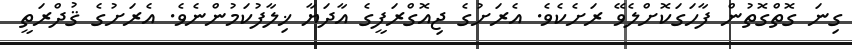
ގިނަ ގޮތްގޮތުން ފާހަގަކޮށްލެވޭ ރަށެކެވެ. އެރަށުގެ ޖިއޮގްރަފީގެ އާދަޔާ ޚިލާފުކަމުންނެވެ. އެރަށުގެ ޤުދްރަތީ